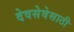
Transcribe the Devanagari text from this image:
देवसेवेसाठी